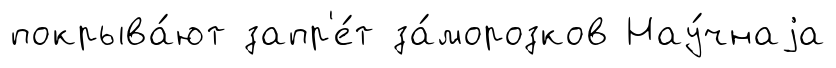
покрыва́ют запр'е́т за́морозков Нау́чнаjа